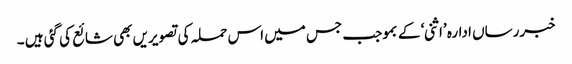
خبررساں ادارہ ’اثنی‘ کے بموجب جس میں اس حملہ کی تصویریں بھی شائع کی گئی ہیں ۔